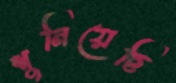
শুনিয়েছি